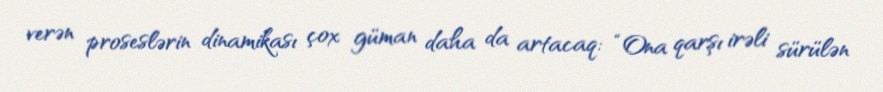
verən proseslərin dinamikası çox güman daha da artacaq: “Ona qarşı irəli sürülən